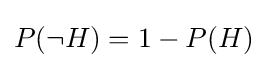
P(\neg H)=1-P(H)